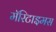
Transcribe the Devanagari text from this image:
मॅरिटाइमस